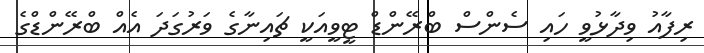
ރިފާއު ވިދާޅުވީ ހައި ސެންސް ބްރޭންޑް ޓީވީއަކީ ޗައިނާގެ ވަރުގަދަ އެއް ބްރޭންޑްގެ